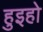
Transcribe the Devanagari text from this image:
हुइहो